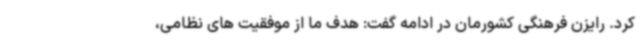
کرد. رایزن فرهنگی کشورمان در ادامه گفت: هدف ما از موفقیت های نظامی،